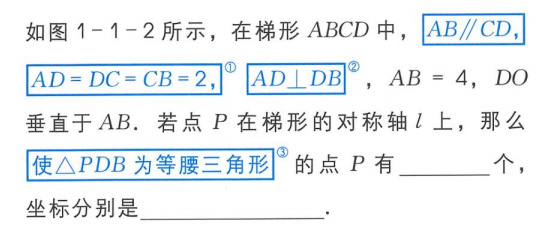
如图1 - 1 - 2所示，在梯形\(ABCD\)中，\(AB\parallel CD\)，\(AD = DC = CB = 2\)，\(AD\perp DB\)，\(AB = 4\)，\(DO\)垂直于\(AB\)．若点\(P\)在梯形的对称轴\(l\)上，那么使\(\triangle PDB\)为等腰三角形的点\(P\)有_______个，坐标分别是____________.